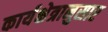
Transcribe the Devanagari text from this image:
कार्यक्षेत्रानुसार